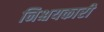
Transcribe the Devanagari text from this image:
निश्चयकारी